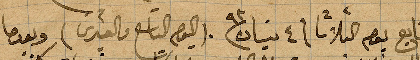
تابع يوم الثلاثا في ٤ نيسان ١٨٩٣ (اليوم التاسع والعشرين) وبعدما